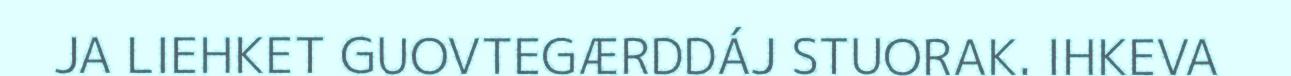
JA LIEHKET GUOVTEGÆRDDÁJ STUORAK. IHKEVA